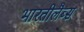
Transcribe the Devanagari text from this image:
भारतीलैब्स